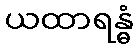
ယထာရန္ဓံ